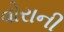
વોરાની